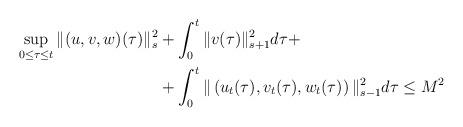
LaTeX: \begin{align*}\begin{aligned}\sup_{0\leq\tau\leq t}\|(u,v,w)(\tau)\|_{s}^{2}&+\int_{0}^{t}\|v(\tau)\|_{s+1}^{2}d\tau+\\&+\int_{0}^{t}\|\left(u_{t}(\tau),v_{t}(\tau),w_{t}(\tau)\right)\|_{s-1}^{2}d\tau\leq M^{2}\end{aligned}\end{align*}